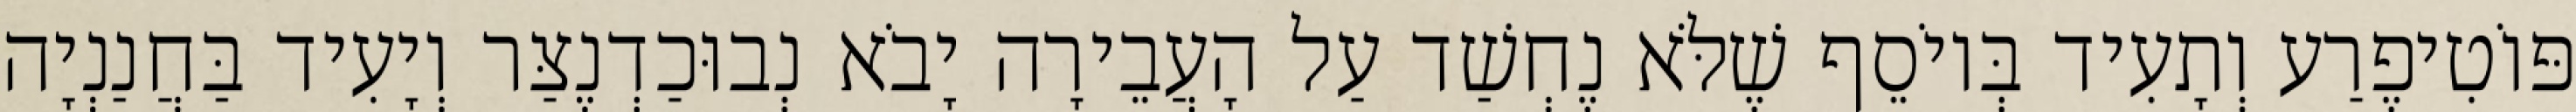
פּוֹטִיפֶרַע וְתָעִיד בְּיוֹסֵף שֶׁלֹּא נֶחְשַׁד עַל הָעֲבֵירָה יָבֹא נְבוּכַדְנֶצַּר וְיָעִיד בַּחֲנַנְיָה